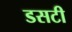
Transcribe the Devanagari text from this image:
डसटी